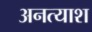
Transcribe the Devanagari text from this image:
अनत्याश